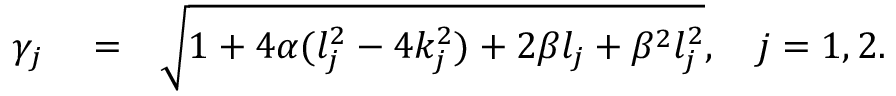
\begin{array} { r l r } { \gamma _ { j } } & { { } = } & { \sqrt { 1 + 4 \alpha ( l _ { j } ^ { 2 } - 4 k _ { j } ^ { 2 } ) + 2 \beta l _ { j } + \beta ^ { 2 } l _ { j } ^ { 2 } } , \quad j = 1 , 2 . } \end{array}